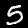
Label: 5